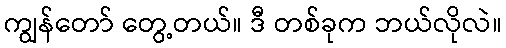
ကျွန်တော် တွေ့တယ်။ ဒီ တစ်ခုက ဘယ်လိုလဲ။